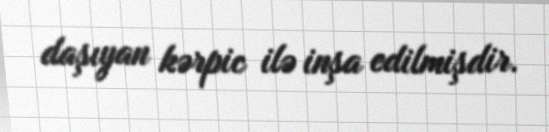
daşıyan kərpic ilə inşa edilmişdir.